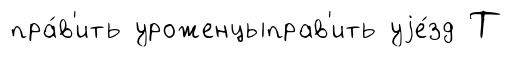
пра́в'ить уроженцыправ'ить уjе́зд Т